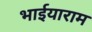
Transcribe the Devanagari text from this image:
भाईयाराम